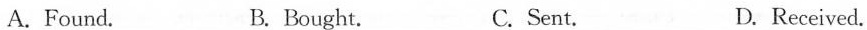
( )3.The probe landing on the moon's far side is_.